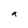
Character: a